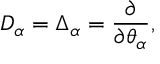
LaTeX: D _ { \alpha } = \Delta _ { \alpha } = \frac { \partial } { \partial \theta _ { \alpha } } ,